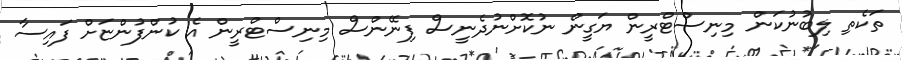
ތަކެތި ލިބުނުކަން މިނިސްޓްރީން ޔަގީން ނުކޮށްނުދެނީސް ފިނޭންސް މިނިސްޓްރީން އެ ކުންފުންޏަށް ފައިސާ